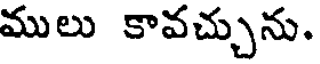
ములు కావచ్చును.